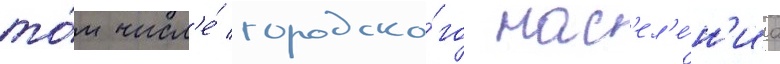
то́м числ'е́ городско́го нас'ел'е́н'иа